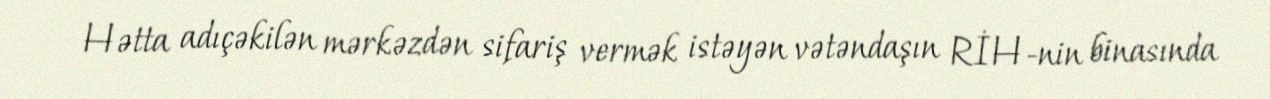
Hətta adıçəkilən mərkəzdən sifariş vermək istəyən vətəndaşın RİH-nin binasında